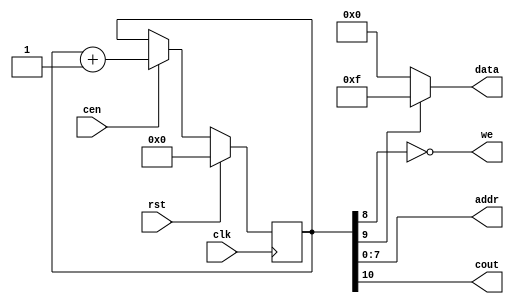
`timescale 1ns / 1ps

module MBIST_CounterBL
(input clk, cen, rst,
output [7: 0] addr,
output [3:0] data,
output we,cout);

reg [10: 0] counter;

always @(posedge clk) begin
    if (rst)
        counter <= 0;
    else if (cen)
            counter <= counter + 1;
    else
        counter <= counter;
end


assign cout = counter[10];
assign addr = counter[7:0];
assign we = ~counter[8];
assign data = counter[9]?4'b1111:4'b0000;

endmodule